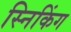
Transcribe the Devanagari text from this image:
स्निकिंग